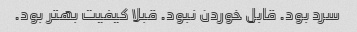
سرد بود. قابل خوردن نبود. قبلا کیفیت بهتر بود.